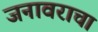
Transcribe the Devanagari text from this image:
जनावराचा